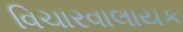
વિચારવાલાયક